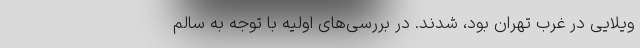
ویلایی در غرب تهران بود، شدند. در بررسی‌های اولیه با توجه به سالم